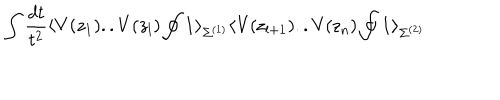
\int \frac { d t } { t ^ { 2 } } \langle V ( z _ { 1 } ) . . V ( z _ { l } ) \oint \bf { 1 } \mathrm { \rangle _ { \Sigma ^ { ( 1 ) } } \langle V ( z _ { l + 1 } ) . . V ( z _ { n } ) \oint \bf { 1 } \mathrm { \rangle _ { \Sigma ^ { ( 2 ) } } } }